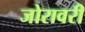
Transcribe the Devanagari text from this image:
जोरावरी